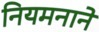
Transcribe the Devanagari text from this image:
नियमनाने